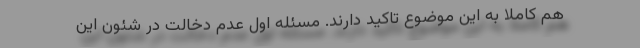
هم کاملا به این موضوع تاکید دارند. مسئله اول عدم دخالت در شئون این